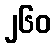
၂၆၀